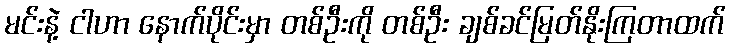
မင်းနဲ့ ငါဟာ နောက်ပိုင်းမှာ တစ်ဦးကို တစ်ဦး ချစ်ခင်မြတ်နိုးကြတာထက်